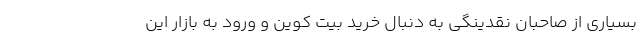
بسیاری از صاحبان نقدینگی به دنبال خرید بیت کوین و ورود به بازار این